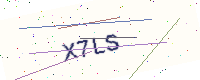
Text: X7LS